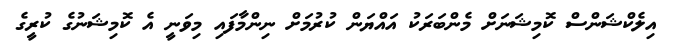
އިލެކްޝަންސް ކޮމިޝަނަށް މެންބަރަކު އައްޔަން ކުރުމަށް ނިންމާފައި މިވަނީ އެ ކޮމިޝަނުގެ ކުރީގެ